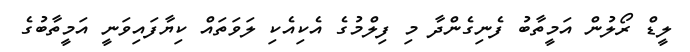
ލީޑް ރޯލުން އަމީތާބު ފެނިގެންދާ މި ފިލްމުގެ އެކިއެކި ލަވަތައް ކިޔާފައިވަނީ އަމީތާބުގެ